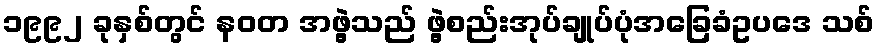
၁၉၉၂ ခုနှစ်တွင် နဝတ အဖွဲ့သည် ဖွဲ့စည်းအုပ်ချုပ်ပုံအခြေခံဥပဒေ သစ်